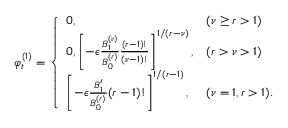
\varphi _ { t } ^ { ( 1 ) } = \left\{ \begin{array} { l l } { 0 , } & { ( \nu \geq r > 1 ) } \\ { 0 , \left[ - \epsilon \frac { B _ { 1 } ^ { ( \nu ) } } { B _ { 0 } ^ { ( r ) } } \frac { ( r - 1 ) ! } { ( \nu - 1 ) ! } \right] ^ { 1 / ( r - \nu ) } , } & { ( r > \nu > 1 ) } \\ { \left[ - \epsilon \frac { B _ { 1 } ^ { \prime } } { B _ { 0 } ^ { ( r ) } } ( r - 1 ) ! \right] ^ { 1 / ( r - 1 ) } , } & { ( \nu = 1 , r > 1 ) . } \end{array} \right.